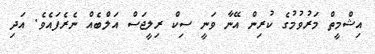
އިޝްމީތް މަރުވުމުގެ ކުރިން އޭނާ ވަނީ ސިކް ރިލީޖަސް އަލްބެއް ނެރެފައެވެ. އަދި